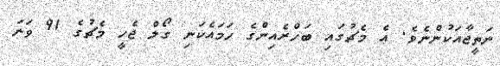
ނަތީޖާއަކުންނެވެ. އެ މެޗުގައި ބަހްރެއިންގެ ހަމައެކަނި ގޯލް ޖެހީ މެޗުގެ 91 ވަނަ